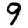
Digit: 9